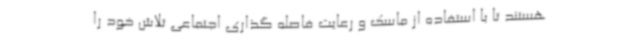
هستند تا با استفاده از ماسک و رعایت فاصله گذاری اجتماعی تلاش خود را